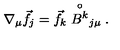
\nabla _ { \mu } \vec { f } _ { j } = \vec { f } _ { k } \stackrel { \circ } { B ^ { k } } _ { j \mu } .